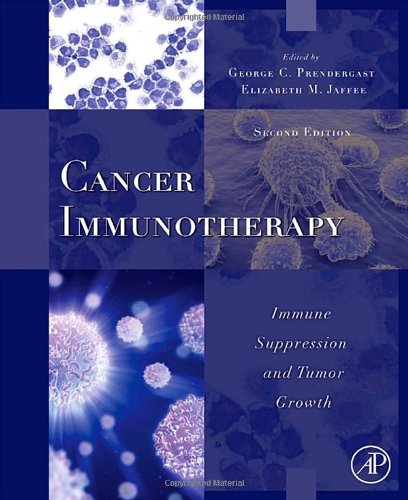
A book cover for Cancer Immunotherapy, Second Edition: Immune Suppression and Tumor Growth; Medical Books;